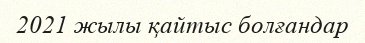
2021 жылы қайтыс болғандар